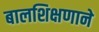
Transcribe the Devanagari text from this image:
बालशिक्षणाने